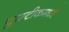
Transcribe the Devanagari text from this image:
प्लास्टीकमध्ये